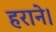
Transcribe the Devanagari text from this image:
हराने।